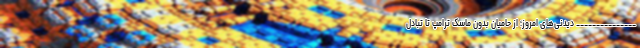
_______________ دیدنی‌های امروز؛ از حامیان بدون ماسک ترامپ تا تبادل